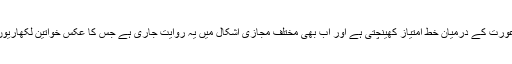
تحقیق کے مطابق لکشمن ریکھا مرد اور عورت کے درمیان خطِ امتیاز کھینچتی ہے اور اب بھی مختلف مجازی اشکال میں یہ روایت جاری ہے جس کا عکس خواتین لکھاریوں کے فکشنل متون میں دیکھا جا سکتا ہے۔